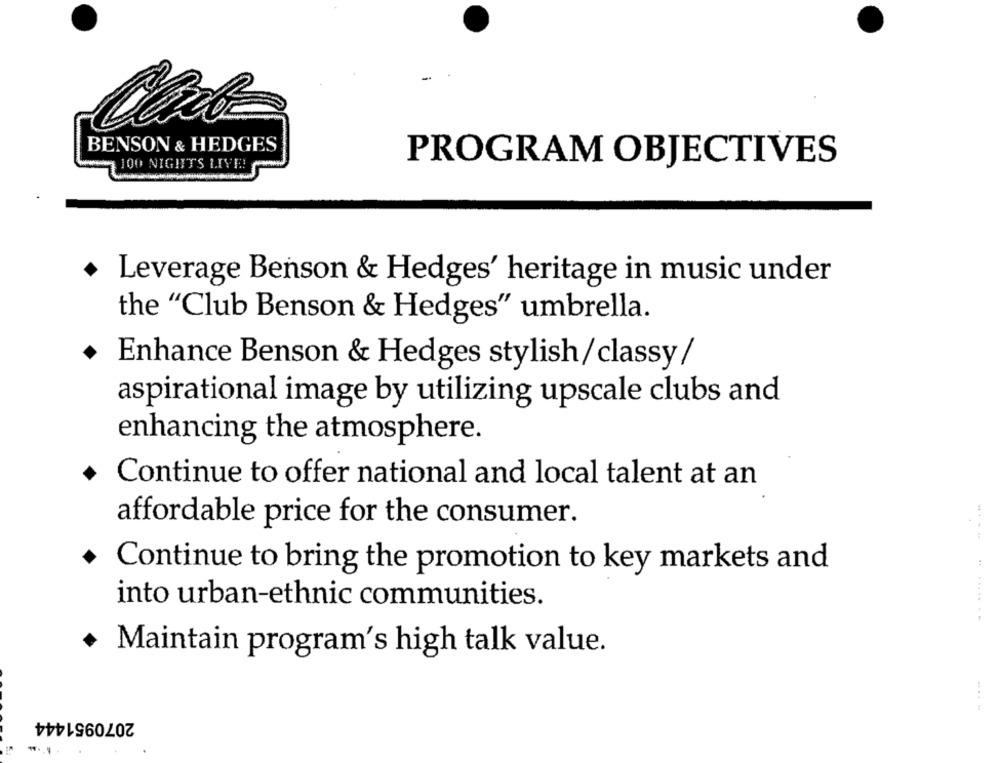
BENSON & HEDGES
100 NIGHTS LIVE!
PROGRAM OBJECTIVES
+ Leverage Benson & Hedges' heritage in music under
the "Club Benson & Hedges" umbrella.
Enhance Benson & Hedges stylish/classy /
aspirational image by utilizing upscale clubs and
enhancing the atmosphere.
+ Continue to offer national and local talent at an
affordable price for the consumer.
.
. Continue to bring the promotion to key markets and
.. .
into urban-ethnic communities.
.......
· Maintain program's high talk value.
.. ...
2070951444